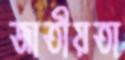
জাতীয়তা